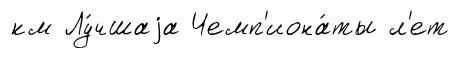
км Лу́чшаjа Чемп'иона́ты л'ет